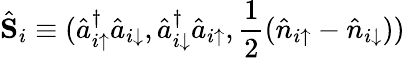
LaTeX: \hat{\textbf{S}}_{i}\equiv(\hat{a}_{i\uparrow}^{\dagger}\hat{a}_{i\downarrow},\hat{a}_{i\downarrow}^{\dagger}\hat{a}_{i\uparrow},\frac{1}{2}(\hat{n}_{i\uparrow}-\hat{n}_{i\downarrow}))